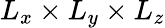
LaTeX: L_{x}\times L_{y}\times L_{z}